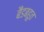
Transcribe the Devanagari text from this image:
बैंडबहुत